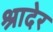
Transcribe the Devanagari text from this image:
श्रादेर